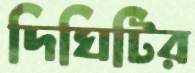
দিঘিটির